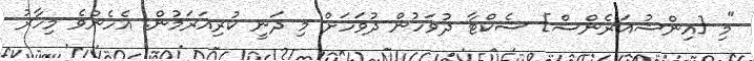
"މި [އިންޝުއަރެންސް] ސެކްޓާ ދުވަހުން ދުވަހަށް މި ދަނީ ކުރިއަރަމުން. އެހެންވެ މިހާރު